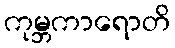
ကုမ္ဘကာရောတိ